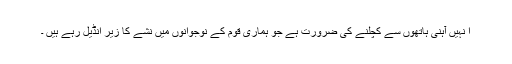
ا نہیں آہنی ہاتھوں سے کچلنے کی ضرورت ہے جو ہماری قوم کے نوجوانوں میں نشے کا زیر انڈیل رہے ہیں ۔